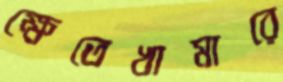
ক্ষেতেখামারে